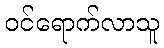
ဝင်ရောက်လာသူ